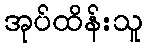
အုပ်ထိန်းသူ